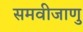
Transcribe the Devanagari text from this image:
समवीजाणु